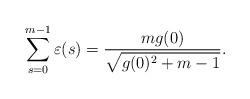
LaTeX: \begin{align*}\sum\limits_{s=0}^{m-1}\varepsilon(s)=\frac{mg(0)}{\sqrt{g(0)^2+m-1}}.\end{align*}